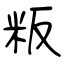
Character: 粄